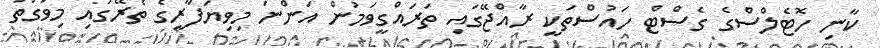
ކާނި ހޮޓެލްސްގެ ގެސްޓް ހައުސްތަކީ ރާއްޖޭގައި ތަރައްގީވަމުން އަންނަ މިވިޔަފާރީގެ ތެރޭގައި މިވަގުތު